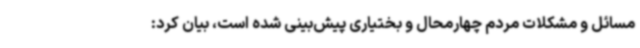
مسائل و مشکلات مردم چهارمحال و بختیاری پیش‌بینی شده است، بیان کرد: